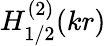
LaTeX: H_{1/2}^{(2)}(kr)